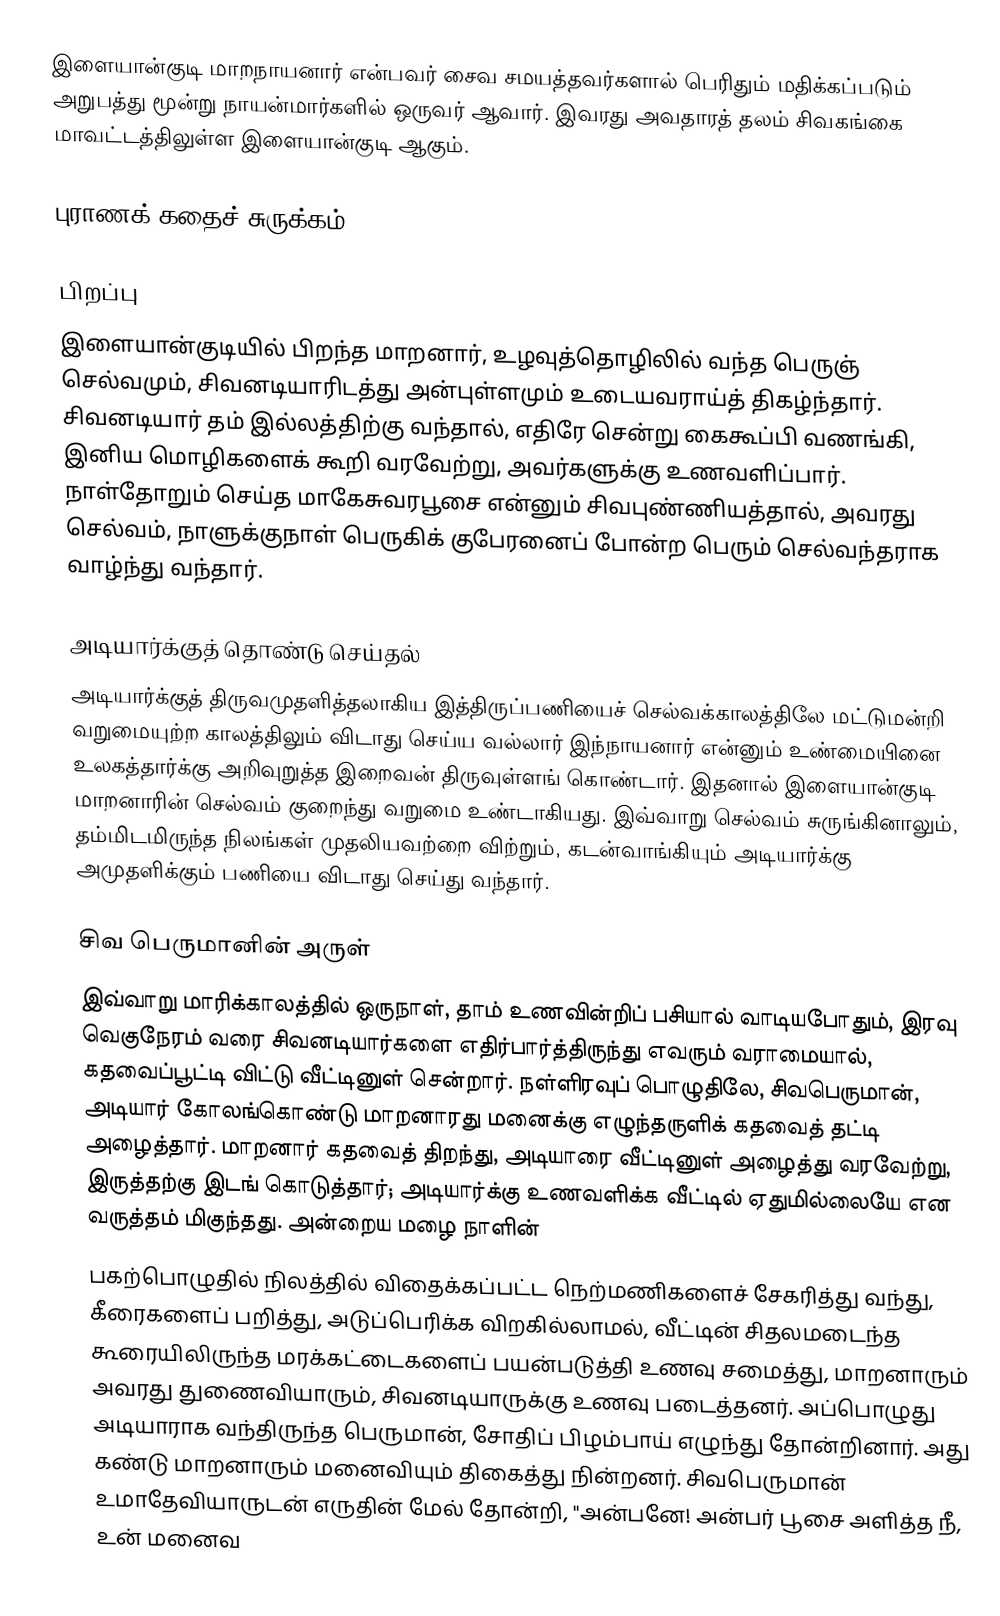
இளையான்குடி மாறநாயனார் என்பவர் சைவ சமயத்தவர்களால் பெரிதும் மதிக்கப்படும் அறுபத்து மூன்று நாயன்மார்களில் ஒருவர் ஆவார். இவரது அவதாரத் தலம் சிவகங்கை மாவட்டத்திலுள்ள இளையான்குடி ஆகும்.

புராணக் கதைச் சுருக்கம்

பிறப்பு
இளையான்குடியில் பிறந்த மாறனார், உழவுத்தொழிலில் வந்த பெருஞ் செல்வமும், சிவனடியாரிடத்து அன்புள்ளமும் உடையவராய்த் திகழ்ந்தார். சிவனடியார் தம் இல்லத்திற்கு வந்தால், எதிரே சென்று கைகூப்பி வணங்கி, இனிய மொழிகளைக் கூறி வரவேற்று, அவர்களுக்கு உணவளிப்பார். நாள்தோறும் செய்த மாகேசுவரபூசை என்னும் சிவபுண்ணியத்தால், அவரது செல்வம், நாளுக்குநாள் பெருகிக் குபேரனைப் போன்ற பெரும் செல்வந்தராக வாழ்ந்து வந்தார்.

அடியார்க்குத் தொண்டு செய்தல்
அடியார்க்குத் திருவமுதளித்தலாகிய இத்திருப்பணியைச் செல்வக்காலத்திலே மட்டுமன்றி வறுமையுற்ற காலத்திலும் விடாது செய்ய வல்லார் இந்நாயனார் என்னும் உண்மையினை உலகத்தார்க்கு அறிவுறுத்த இறைவன் திருவுள்ளங் கொண்டார். இதனால் இளையான்குடி மாறனாரின் செல்வம் குறைந்து வறுமை உண்டாகியது. இவ்வாறு செல்வம் சுருங்கினாலும்,  தம்மிடமிருந்த நிலங்கள் முதலியவற்றை விற்றும், கடன்வாங்கியும் அடியார்க்கு அமுதளிக்கும் பணியை விடாது செய்து வந்தார்.

சிவ பெருமானின் அருள்
இவ்வாறு மாரிக்காலத்தில் ஒருநாள், தாம் உணவின்றிப் பசியால் வாடியபோதும், இரவு வெகுநேரம் வரை சிவனடியார்களை எதிர்பார்த்திருந்து எவரும் வராமையால், கதவைப்பூட்டி விட்டு வீட்டினுள் சென்றார். நள்ளிரவுப் பொழுதிலே, சிவபெருமான், அடியார் கோலங்கொண்டு மாறனாரது மனைக்கு எழுந்தருளிக் கதவைத் தட்டி அழைத்தார். மாறனார் கதவைத் திறந்து, அடியாரை வீட்டினுள் அழைத்து வரவேற்று, இருத்தற்கு இடங் கொடுத்தார்; அடியார்க்கு உணவளிக்க வீட்டில் ஏதுமில்லையே என வருத்தம் மிகுந்தது. அன்றைய மழை நாளின்
பகற்பொழுதில் நிலத்தில் விதைக்கப்பட்ட நெற்மணிகளைச் சேகரித்து வந்து, கீரைகளைப் பறித்து, அடுப்பெரிக்க விறகில்லாமல், வீட்டின் சிதலமடைந்த கூரையிலிருந்த மரக்கட்டைகளைப் பயன்படுத்தி உணவு சமைத்து, மாறனாரும் அவரது துணைவியாரும், சிவனடியாருக்கு உணவு படைத்தனர். அப்பொழுது அடியாராக வந்திருந்த பெருமான், சோதிப் பிழம்பாய் எழுந்து தோன்றினார். அது கண்டு மாறனாரும் மனைவியும் திகைத்து நின்றனர். சிவபெருமான் உமாதேவியாருடன் எருதின் மேல் தோன்றி, "அன்பனே! அன்பர் பூசை அளித்த நீ, உன் மனைவ